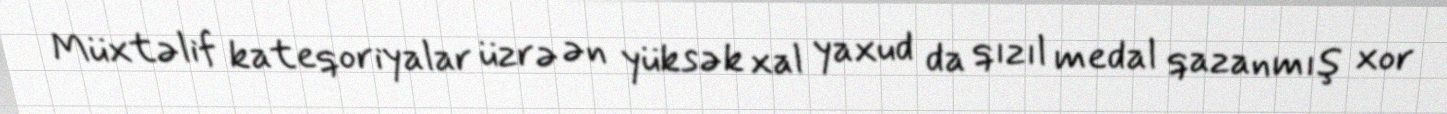
Müxtəlif kateqoriyalar üzrə ən yüksək xal yaxud da qızıl medal qazanmış xor